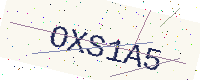
Text: OXS1A5